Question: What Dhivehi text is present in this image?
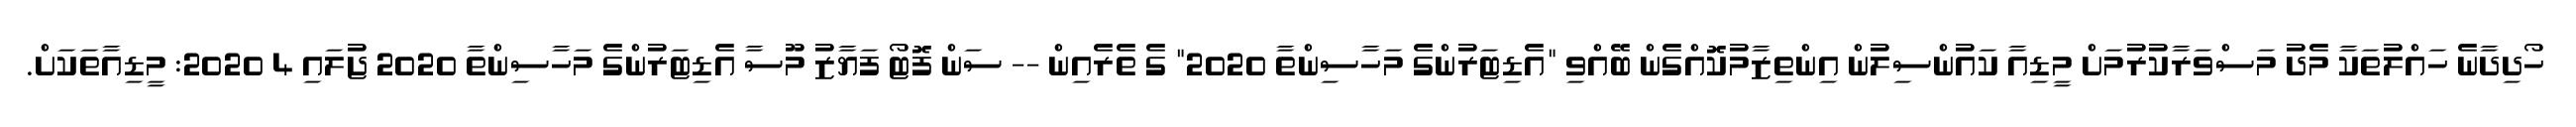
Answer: ހޯދިދާނެ ހައްލުތަކާ މެދު މަސްވަރާކުރުމަށް މީޑިއާ ކައުންސިލުން އިންތިޒާމުކޮއްގެން ބޭއްވި "އެޑިޓަރުންގެ މަހާސިންތާ 2020" ގެ ތެރެއިން -- ސަން ފޮޓޯ ފަޔާޒު މޫސާ އެޑިޓަރުންގެ މަހާސިންތާ 2020 ޖުލައި 4 2020: މީޑިއާތަކަށް.